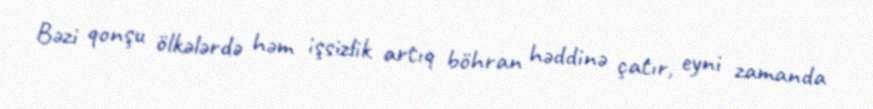
Bəzi qonşu ölkələrdə həm işsizlik artıq böhran həddinə çatır, eyni zamanda